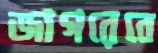
জাগরেবে